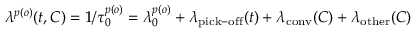
\lambda ^ { p ( o ) } ( t , C ) = 1 / \tau _ { 0 } ^ { p ( o ) } = \lambda _ { 0 } ^ { p ( o ) } + \lambda _ { \mathrm { p i c k - o f f } } ( t ) + \lambda _ { \mathrm { c o n v } } ( C ) + \lambda _ { \mathrm { o t h e r } } ( C )